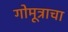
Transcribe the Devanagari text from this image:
गोमूत्राचा